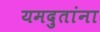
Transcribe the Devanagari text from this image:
यमदुतांना